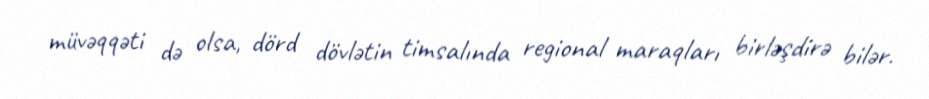
müvəqqəti də olsa, dörd dövlətin timsalında regional maraqları birləşdirə bilər.